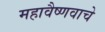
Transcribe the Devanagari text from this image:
महावैष्णवाचे